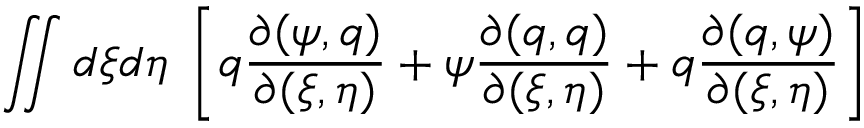
\iint d \xi d \eta \; \left[ q \frac { \partial ( \psi , q ) } { \partial ( \xi , \eta ) } + \psi \frac { \partial ( q , q ) } { \partial ( \xi , \eta ) } + q \frac { \partial ( q , \psi ) } { \partial ( \xi , \eta ) } \right]